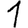
Digit: 1